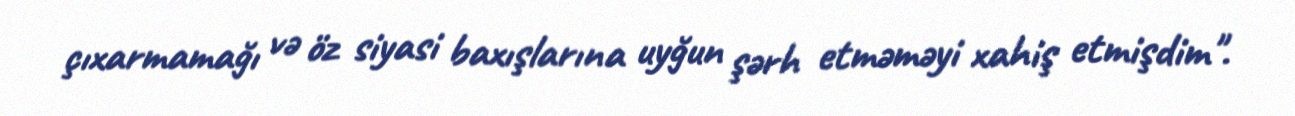
çıxarmamağı və öz siyasi baxışlarına uyğun şərh etməməyi xahiş etmişdim".